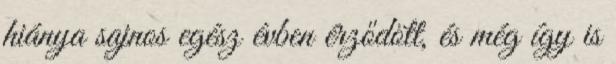
hiánya sajnos egész évben érződött, és még így is